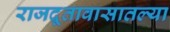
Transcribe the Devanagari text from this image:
राजदूतावासातल्या